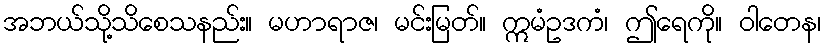
အဘယ်သို့သိစေသနည်း။ မဟာရာဇ၊ မင်းမြတ်။ ဣမံဥဒကံ၊ ဤရေကို။ ဝါတေန၊